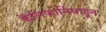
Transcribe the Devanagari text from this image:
कॅलिफोर्नियाहून